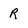
Character: R